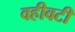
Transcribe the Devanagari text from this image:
वहीवटी